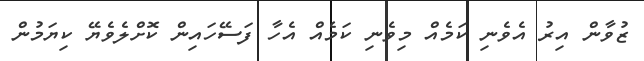
ޒުވާން އިރު އެވެނި ކަމެއް މިވެނި ކަމެއް އެހާ ފަސޭހައިން ކޮށްލެވެޔޭ ކިޔަމުން